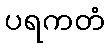
ပရကတံ